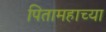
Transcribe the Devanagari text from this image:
पितामहाच्या